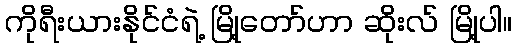
ကိုရီးယားနိုင်ငံရဲ့ မြို့တော်ဟာ ဆိုးလ် မြို့ပါ။